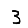
Digit: 3